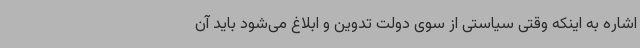
اشاره به اینکه وقتی سیاستی از سوی دولت تدوین و ابلاغ می‌شود باید آن